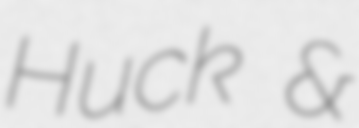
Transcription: Huck &